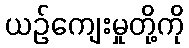
ယဉ်ကျေးမှုတို့ကို